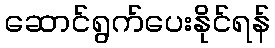
ဆောင်ရွက်ပေးနိုင်ရန်